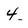
Character: 4